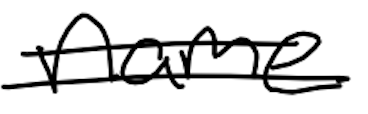
Text: name
Cross-out: double-line
Writing tool: digital_black